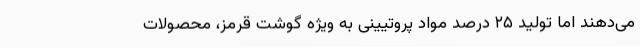
می‌دهند اما تولید ۲۵ درصد مواد پروتیینی به ویژه گوشت قرمز، محصولات